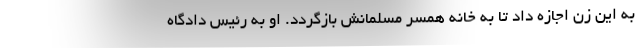
به این زن اجازه داد تا به خانه همسر مسلمانش بازگردد. او به رئیس دادگاه